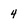
Character: 4